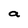
Character: a